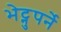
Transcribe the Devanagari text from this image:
भेट्नुपर्ने